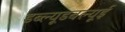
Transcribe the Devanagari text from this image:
डब्ल्यूडबल्यूई